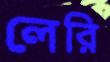
লেরি